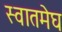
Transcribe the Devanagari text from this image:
स्वातमेघ